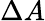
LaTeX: \Delta A